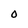
Character: O